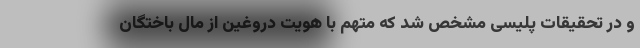
و در تحقیقات پلیسی مشخص شد که متهم با هویت دروغین از مال باختگان